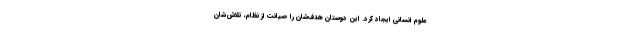
علوم انسانی ایجاد کرد. این دوستان هدف‌شان را صیانت از نظام، تلاش‌شان